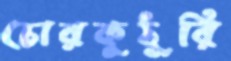
চোরকুঠুরি